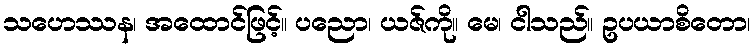
သဟေဿန၊ အထောင်ဖြင့်။ ပညော၊ ယဇ်ကို။ မေ၊ ငါသည်။ ဥပယာစိတော၊